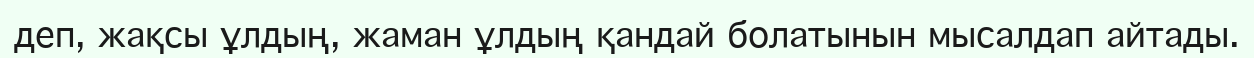
деп, жақсы ұлдың, жаман ұлдың қандай болатынын мысалдап айтады.